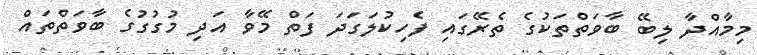
މިމާއްދާ ލިބޭ ބާވަތްތަކުގެ ތެރޭގައި ފެހިކުލަގަދަ ފަތް މޭވާ އަދި މުގުގުގެ ބާވަތްތައް